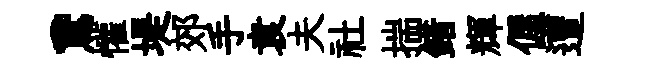
鵞懽堤郊手袁夫社揣錯輝偓遭